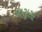
જીસૂસો